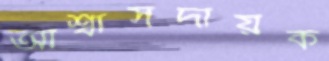
আশ্বাসদায়ক